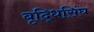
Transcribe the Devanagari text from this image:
बृद्धिसिंघ